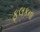
ફલકના